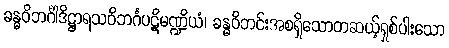
ခန္ဓဝိဘင်္ဂါဒိဋ္ဌာရသဝိဘင်္ဂပဋိမဏ္ဍိယံ၊ ခန္ဓဝိဘင်းအစရှိသောတဆယ့်ရှစ်ပါးသော